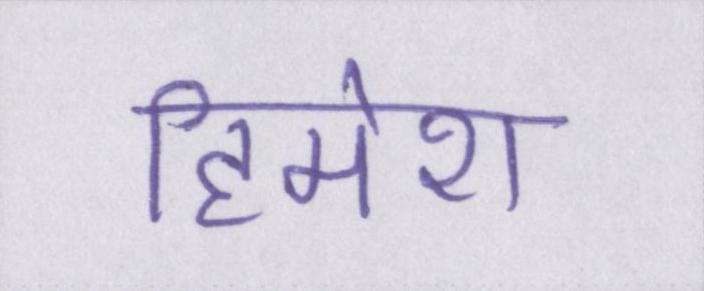
हिमेश